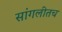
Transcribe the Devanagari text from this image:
सांगलीतच